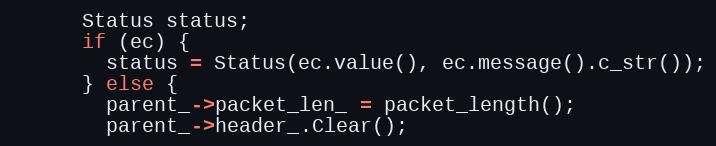
Language: C++
      Status status;
      if (ec) {
        status = Status(ec.value(), ec.message().c_str());
      } else {
        parent_->packet_len_ = packet_length();
        parent_->header_.Clear();